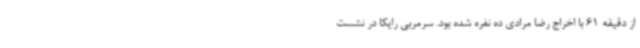
از دقیقه 61 با اخراج رضا مرادی ده نفره شده بود. سرمربی رایکا در نشست